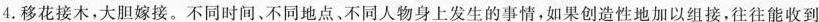
4.移花接木，大胆嫁接。不同时间、不同地点、不同人物身上发生的事情，如果创造性地加以组接，往往能收到